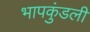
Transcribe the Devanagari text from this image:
भापकुंडली